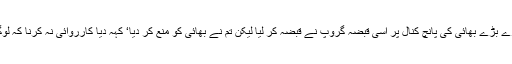
گائوں میں تمہارے بڑے بھائی کی پانچ کنال پر اسی قبضہ گروپ نے قبضہ کر لیا لیکن تم نے بھائی کو منع کر دیا‘ کہہ دیا کارروائی نہ کرنا کہ لوگ کیا کہیں گے۔